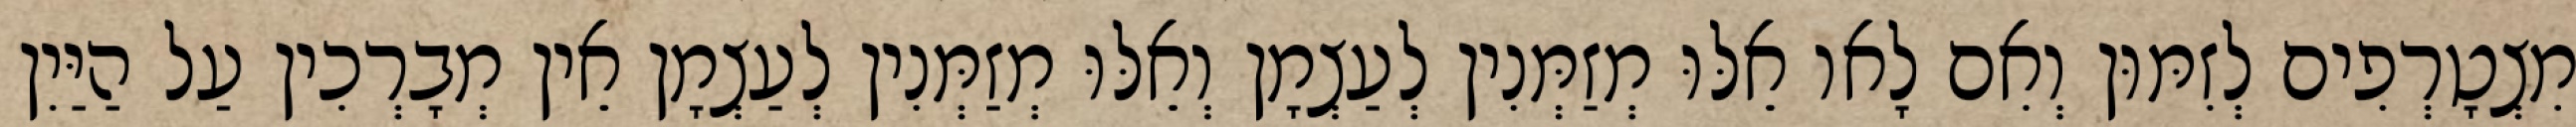
מִצְטָרְפִים לְזִמּוּן וְאִם לָאו אֵלּוּ מְזַמְּנִין לְעַצְמָן וְאֵלּוּ מְזַמְּנִין לְעַצְמָן אֵין מְבָרְכִין עַל הַיַּיִן